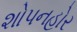
શોપનહોર